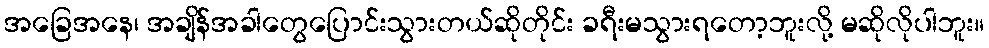
အခြေအနေ၊ အချိန်အခါတွေပြောင်းသွားတယ်ဆိုတိုင်း ခရီးမသွားရတော့ဘူးလို့ မဆိုလိုပါဘူး။